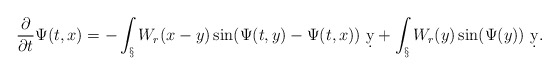
\begin{align*}\frac{\partial}{\partial t}\Psi(t,x) &= -\int_\S W_r(x-y)\sin(\Psi(t,y)-\Psi(t,x))\ \d y + \int_\S W_r(y)\sin(\Psi(y))\ \d y.\end{align*}